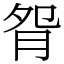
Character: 𦙵